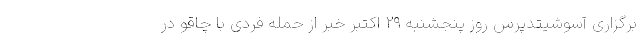
برگزاری آسوشیتدپرس روز پنجشنبه ۲۹ اکتبر خبر از حمله فردی با چاقو در